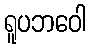
ရူပဘဝေါ